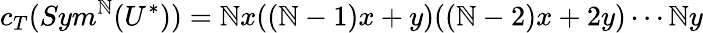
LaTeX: c_{T}(Sym^{\mathbb{N}}(U^{*}))=\mathbb{N}x((\mathbb{N}-1)x+y)((\mathbb{N}-2)x+2y)\cdots\mathbb{N}y